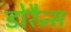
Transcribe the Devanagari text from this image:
डोरैन्स